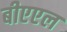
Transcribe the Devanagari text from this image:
बीएएल